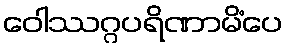
ဝေါဿဂ္ဂပရိဏာမိံပေ